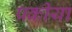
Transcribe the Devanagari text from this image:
प्रकीया